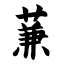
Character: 蒹